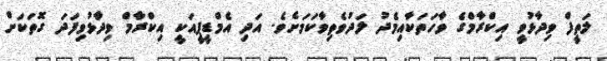
ލަތީފް ވިދާޅުވީ އިކްރާމްގެ ވާހަތަކާއިމެދު ލަދުވެތިވާކަމަށެވެ. އަދި އެމްޑީޕީއަކީ އިކްރާމް ވިދާޅުވިފަދަ ގޮތަކަށް